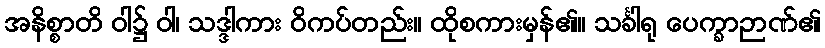
အနိစ္စာတိ ဝါ၌ ဝါ၊ သဒ္ဒါကား ဝိကပ်တည်း။ ထိုစကားမှန်၏။ သင်္ခါရု ပေက္ခာဉာဏ်၏